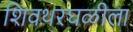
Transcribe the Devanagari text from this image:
शिवथरघळीला